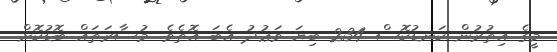
މީގެ އިތުރުން ކަނޑުކޮސް 234 ބިޔަ ވަޢުދު އެބަ އޮތެވެ. މުސާރަތައް ބޮޑުކޮށް